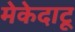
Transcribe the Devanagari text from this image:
मेकेदाटू